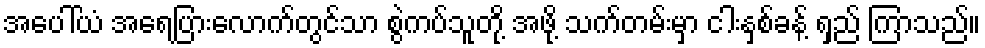
အပေါ်ယံ အရေပြားလောက်တွင်သာ စွဲကပ်သူတို့ အဖို့ သက်တမ်းမှာ ငါးနှစ်ခန့် ရှည် ကြာသည်။